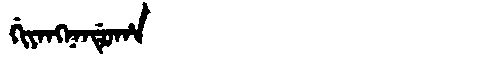
Manchu: ᡤᡳᠶᠠᠩᠨᠠᠨᡩᡠᡥᠠ
Romanization: GIYANGNANDUHA